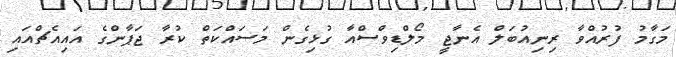
މަގާމު ފުރުއްވާ ރިނިއުބަލް އެނާޖީ މޯލްޑިވްސްއާ ގުޅިގެން މަސައްކަތް ކުރާ ޖަޕާންގެ އައިއެޗްއައި